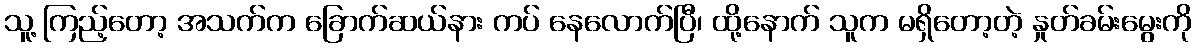
သူ့ ကြည့်တော့ အသက်က ခြောက်ဆယ်နား ကပ် နေလောက်ပြီ၊ ထို့နောက် သူက မရှိတော့တဲ့ နှုတ်ခမ်းမွေးကို